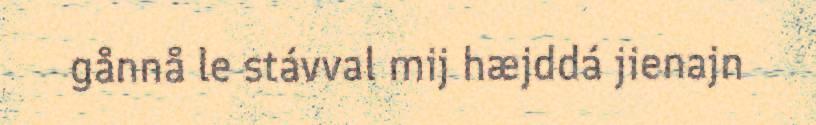
gånnå le stávval mij hæjddá jienajn